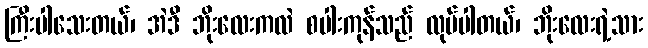
ကြီးပါသေးတယ်၊ အဲဒီ ဘိုးလေးကလဲ စပါးကုန်သည် လုပ်ပါတယ်၊ ဘိုးလေးရဲ့သား